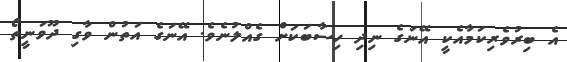
އެ ބިރުވެރިކަމާއެކީ އޭނަގެ ނިދި ހިސާބަކަށް ގެއްލުނެވެ. އޭނަގެ އަތުން ވާގި ދޫވަނީތޯ